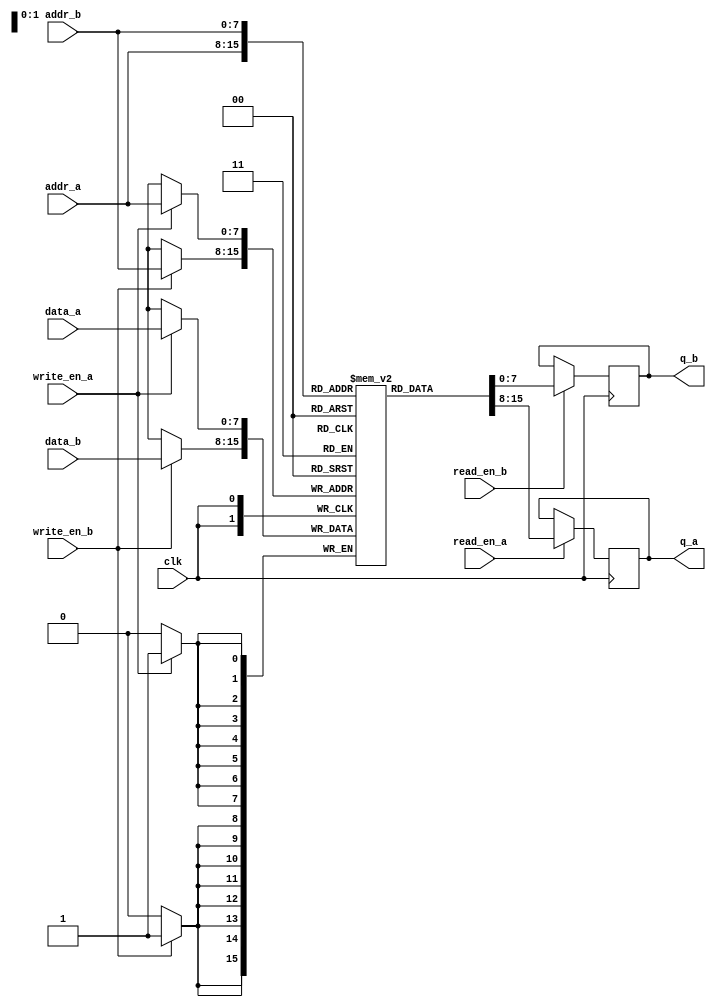
module dual_port_ram (
    input wire clk,
    input wire [7:0] addr_a,
    input wire [7:0] addr_b,
    input wire [7:0] data_a,
    input wire [7:0] data_b,
    input wire write_en_a,
    input wire write_en_b,
    input wire read_en_a,
    input wire read_en_b,
    output reg [7:0] q_a,
    output reg [7:0] q_b
);

reg [7:0] memory [0:255];

always @ (posedge clk) begin
    if(write_en_a) begin
        memory[addr_a] <= data_a;
    end

    if(write_en_b) begin
        memory[addr_b] <= data_b;
    end

    if(read_en_a) begin
        q_a <= memory[addr_a];
    end

    if(read_en_b) begin
        q_b <= memory[addr_b];
    end
end

endmodule